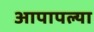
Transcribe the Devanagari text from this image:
आपापल्‍या